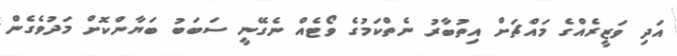
އަދި ވަޒީރެއްގެ މައްޗަށް އިތުބާރު ނެތްކަމުގެ ވޯޓެއް ނެގޭނީ ސަބަބު ބަޔާންކޮށް މަދުވެގެން